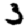
Digit: 3